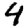
Digit: 4